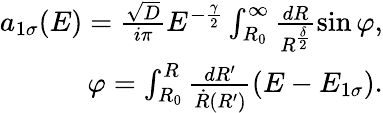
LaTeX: \begin{array}{r}{a_{1\sigma}(E)=\frac{\sqrt{D}}{i\pi}E^{-\frac{\gamma}{2}}\int_{R_{0}}^{\infty}\frac{dR}{R^{\frac{\delta}{2}}}\sin\varphi,}\\ {\varphi=\int_{R_{0}}^{R}\frac{dR^{\prime}}{\dot{R}(R^{\prime})}(E-E_{1\sigma}).}\end{array}